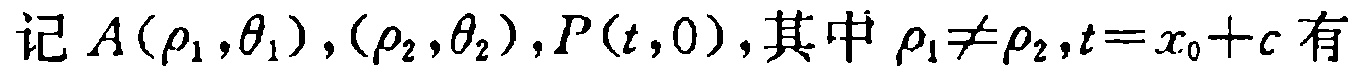
记$A(\rho_1,\theta_1),(\rho_2,\theta_2),P(t,0),其中\rho_1\neq\rho_2,t = x_0 + c$有